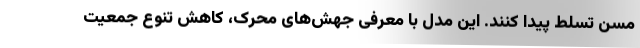
مسن تسلط پیدا کنند. این مدل با معرفی جهش‌های محرک، کاهش تنوع جمعیت